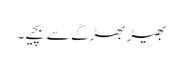
بھیڑ بھڑکّے سے بچیے۔